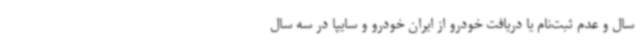
سال و عدم ثبت‌نام یا دریافت خودرو از ایران خودرو و سایپا در سه سال